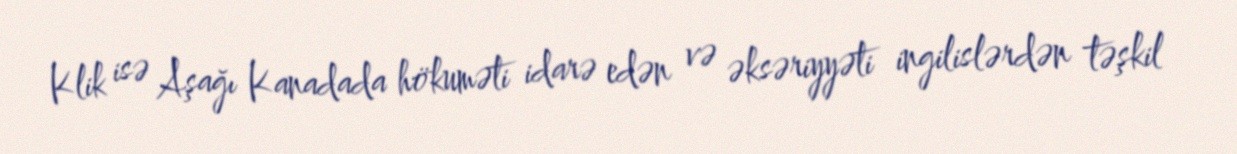
Klik isə Aşağı Kanadada hökuməti idarə edən və əksəriyyəti ingilislərdən təşkil